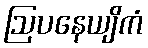
ဩပနေယျိကံ